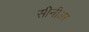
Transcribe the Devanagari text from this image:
सीनीअर